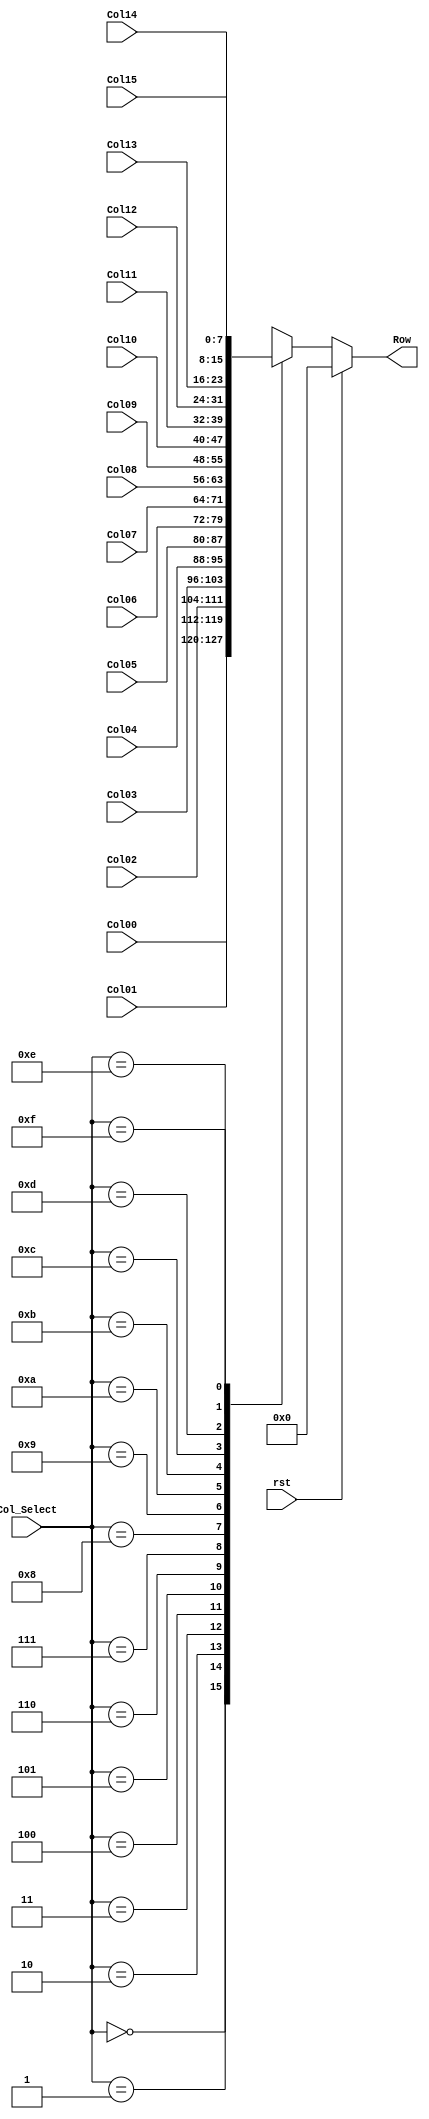
module Scan(rst,Row,Col_Select,Col00,Col01,Col02,Col03,Col04,Col05,Col06,Col07,Col08,Col09,Col10,Col11,Col12,Col13,Col14,Col15);
	output [7:0]Row;
	input rst;
	input [7:0] Col00,Col01,Col02,Col03,Col04,Col05,Col06,Col07,Col08,Col09,Col10,Col11,Col12,Col13,Col14,Col15;
	input [3:0]Col_Select;
	reg [7:0]Row;
	always @ (*)
	begin
		if(rst)	Row =	16'b0000_0000_0000_0000;
		else
			case(Col_Select)
				4'b0000:Row = Col00;
				4'b0001:Row = Col01;
				4'b0010:Row = Col02;
				4'b0011:Row = Col03;
				4'b0100:Row = Col04;
				4'b0101:Row = Col05;
				4'b0110:Row = Col06;
				4'b0111:Row = Col07;
				4'b1000:Row = Col08;
				4'b1001:Row = Col09;
				4'b1010:Row = Col10;
				4'b1011:Row = Col11;
				4'b1100:Row = Col12;
				4'b1101:Row = Col13;
				4'b1110:Row = Col14;
				4'b1111:Row = Col15;
				default:Row = 16'b0000_0000_0000_0000;
			endcase
	end
endmodule